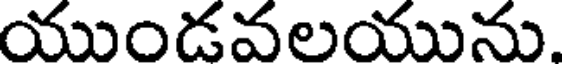
యుండవలయును.